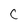
Character: c